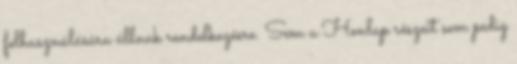
felhasználására állnak rendelkezésre. Sem a Honlap részeit sem pedig